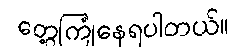
တွေ့ကြုံနေရပါတယ်။